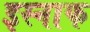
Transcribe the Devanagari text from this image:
इस्नाफ